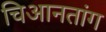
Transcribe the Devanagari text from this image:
चिआनतांग